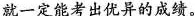
就一定能考出优异的成绩。